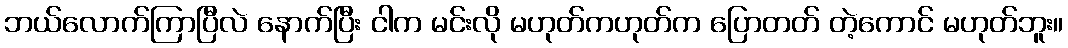
ဘယ်လောက်ကြာပြီလဲ နောက်ပြီး ငါက မင်းလို မဟုတ်ကဟုတ်က ပြောတတ် တဲ့ကောင် မဟုတ်ဘူး။